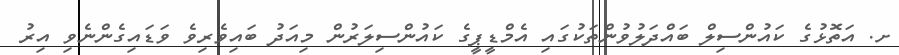
ށ. އަތޮޅުގެ ކައުންސިލް ބައްދަލުވުންތަކުގައި އެމްޑީޕީގެ ކައުންސިލަރުން މިއަދު ބައިވެރިވެ ވަޑައިގެންނެވި އިރު